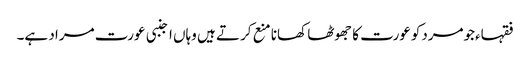
فقہاءجومردکوعورت کا جھوٹھا کھانا منع کرتے ہیں وہاں اجنبی عورت مراد ہے۔